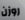
روزن